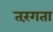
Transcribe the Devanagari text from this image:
तरंगता